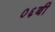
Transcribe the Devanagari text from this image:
०६बी